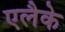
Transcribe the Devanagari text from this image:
एलैके